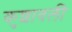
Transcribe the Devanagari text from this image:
कुशावली